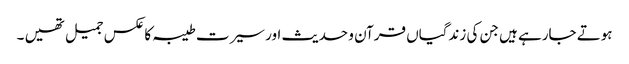
ہوتے جارہے ہیں جن کی زندگیاں قرآن و حدیث اور سیرت طیبہ کا عکس جمیل تھیں ۔